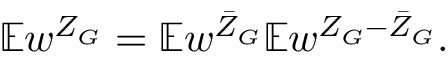
\mathbb { E } w ^ { Z _ { G } } = \mathbb { E } w ^ { \bar { Z } _ { G } } \mathbb { E } w ^ { Z _ { G } - \bar { Z } _ { G } } .